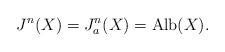
LaTeX: \begin{align*}J^n(X)=J_a^n(X)={\rm Alb}(X).\end{align*}